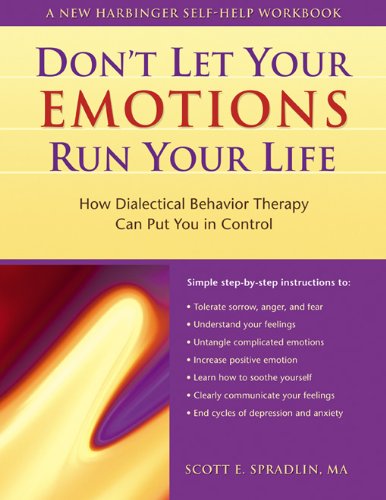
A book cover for Don't Let Your Emotions Run Your Life: How Dialectical Behavior Therapy Can Put You in Control (New Harbinger Self-Help Workbook); Scott E. Spradlin; Self-Help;